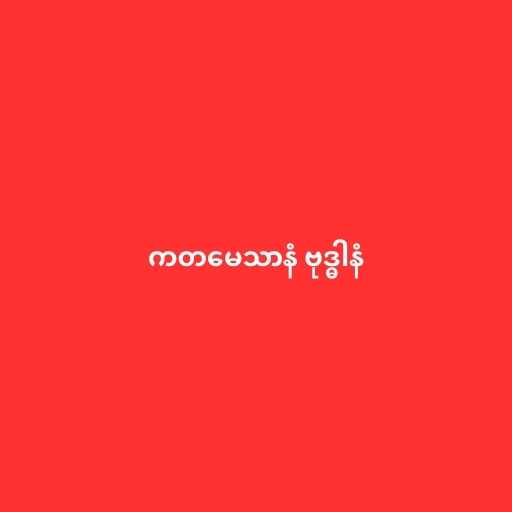
ကတမေသာနံ ဗုဒ္ဓါနံ